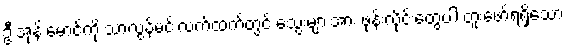
ဦးအုန်းမောင်ကို သာလွန်မင်းလက်ထက်တွင် သွေးများအား ဖုန်းလိုင်းတွေပါ တူးဖော်ရရှိသော